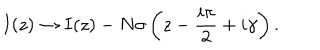
LaTeX: I ( z ) \rightarrow I ( z ) - N \sigma \left( z - \frac { i \pi } { 2 } + i \gamma \right) .